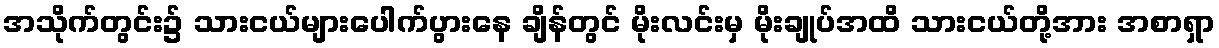
အသိုက်တွင်း၌ သားငယ်များပေါက်ပွားနေ ချိန်တွင် မိုးလင်းမှ မိုးချုပ်အထိ သားငယ်တို့အား အစာရှာ